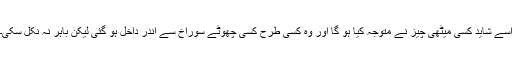
اسے شاید کسی میٹھی چیز نے متوجہ کیا ہو گا اور وہ کسی طرح کسی چھوٹے سوراخ سے اندر داخل ہو گئی لیکن باہر نہ نکل سکی۔